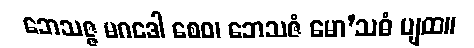
ဘေသဇ္ဇ မဂဒေါ စေဝ၊ ဘေသဇံ မော’သဓံ ပျထ။